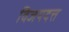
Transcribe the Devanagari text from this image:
विजयदत्त